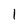
Character: 1